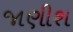
જાણીશ